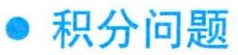
$\bullet$ 积分问题